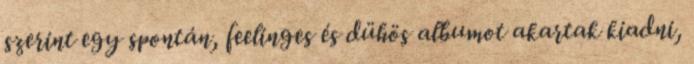
szerint egy spontán, feelinges és dühös albumot akartak kiadni,